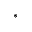
^ { \ast }